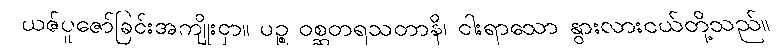
ယဇ်ပူဇော်ခြင်းအကျိုးငှာ။ ပဉ္စ ဝစ္ဆတရသတာနိ၊ ငါးရာသော နွားလားငယ်တို့သည်။